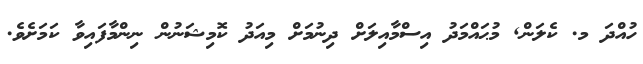
ހުއްދަ މ. ކެލަން